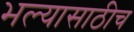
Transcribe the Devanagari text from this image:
भल्यासाठीच